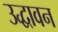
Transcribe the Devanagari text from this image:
उद्धावन